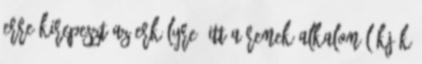
erre kirepeszt az erkélyre. Itt a remek alkalom Lökjük